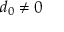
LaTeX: d _ { 0 } \neq 0